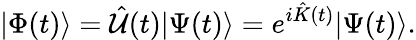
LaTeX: |\Phi(t)\rangle=\hat{{\cal U}}(t)|\Psi(t)\rangle=e^{i\hat{K}(t)}|\Psi(t)\rangle.